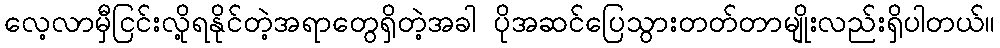
လေ့လာမှီငြင်းလို့ရနိုင်တဲ့အရာတွေရှိတဲ့အခါ ပိုအဆင်ပြေသွားတတ်တာမျိုးလည်းရှိပါတယ်။